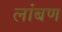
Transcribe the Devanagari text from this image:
लांबण